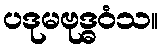
ပဒုမဗုဒ္ဓဝံသ။